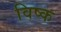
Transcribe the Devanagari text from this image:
विष्क